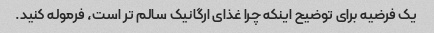
یک فرضیه برای توضیح اینکه چرا غذای ارگانیک سالم تر است، فرموله کنید.